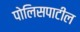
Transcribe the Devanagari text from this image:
पोलिसपाटील